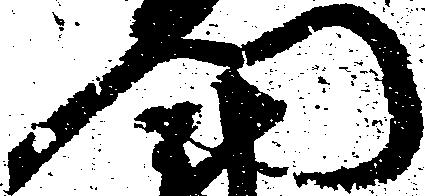
門